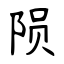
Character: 陨